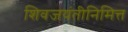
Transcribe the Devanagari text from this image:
शिवजयंतीनिमित्त